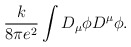
\begin{align*}\frac{k}{8 \pi e^2} \int D_\mu \phi D^\mu \phi.\end{align*}